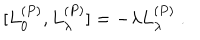
[ L _ { 0 } ^ { ( P ) } , L _ { \lambda } ^ { ( P ) } ] = - \lambda L _ { \lambda } ^ { ( P ) } \ .